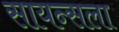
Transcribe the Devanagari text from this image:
सायन्सला